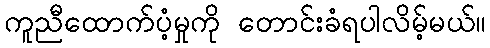
ကူညီထောက်ပံ့မှုကို တောင်းခံရပါလိမ့်မယ်။